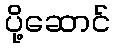
ပို့ဆောင်